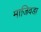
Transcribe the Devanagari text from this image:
माजिवडा